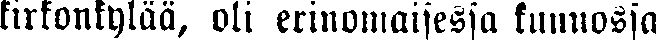
kirkonkylää, oli erinomaisessa kunnossa